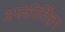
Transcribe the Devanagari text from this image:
अपकीर्तिकर